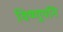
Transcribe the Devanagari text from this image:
विष्णुपति